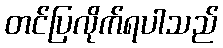
တင်ပြလိုက်ရပါသည်